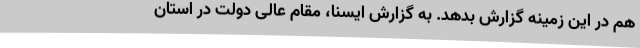
هم در این زمینه گزارش بدهد. به گزارش ایسنا، مقام عالی دولت در استان